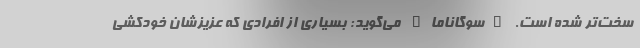
سخت‌تر شده است. "سوگاناما" می‌گوید: بسیاری از افرادی که عزیزشان خودکشی